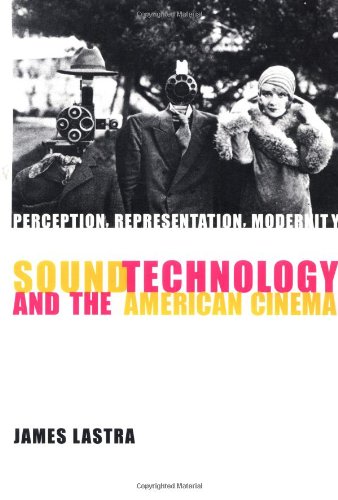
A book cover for Sound Technology and the American Cinema; James Lastra; Humor & Entertainment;